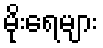
မိုးရေများ